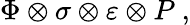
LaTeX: \Phi\otimes\sigma\otimes\varepsilon\otimes P\ ,